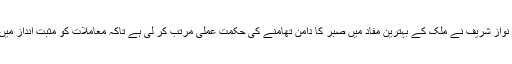
ذرائع نے بتایا ہے کہ نواز شریف نے ملک کے بہترین مفاد میں صبر کا دامن تھامنے کی حکمت عملی مرتب کر لی ہے تاکہ معاملات کو مثبت انداز میں آگے چلایا جا سکے ۔